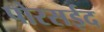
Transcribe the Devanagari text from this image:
पोरसईद